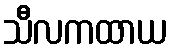
သီလကထာယ